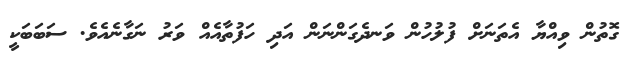
ގޮތުން ވިއްޔާ އެތަނަށް ފުލުހުން ވަނދެގަންނަން އަދި ހަފުތާއެއް ވަރު ނަގާނެއެވެ. ސަބަބަކީ